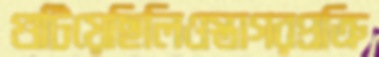
গুটিয়েছিলিওস্তাগরপ্রক্রি